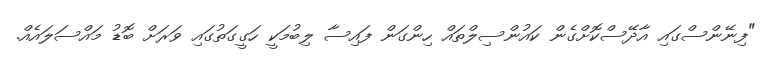
"ފިނޭންސްގައި އާދޭސްކޮށްގެން ކައުންސިލްތައް ހިންގަން ފައިސާ ލިބުމަކީ ހަގީގަތުގައި ވަރަށް ބޮޑު މައްސަލައެއް.